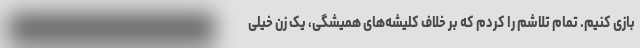
بازی کنیم. تمام تلاشم را کردم که بر خلاف کلیشه‌های همیشگی، یک زن خیلی